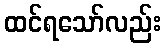
ထင်ရသော်လည်း